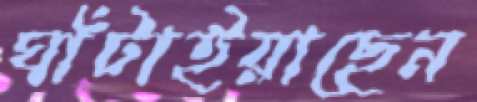
ঘাঁটাইয়াছেন